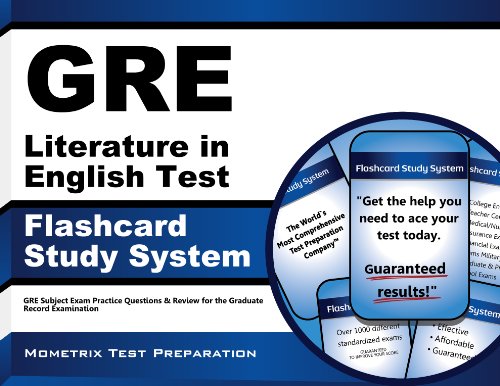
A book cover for GRE Literature in English Test Flashcard Study System: GRE Subject Exam Practice Questions & Review for the Graduate Record Examination (Cards); GRE Subject Exam Secrets Test Prep Team; Test Preparation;